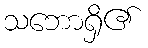
သဘောရှိ၏